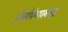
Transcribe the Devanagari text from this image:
मिनीपेयपानगृह